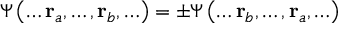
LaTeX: \Psi \left( \ldots \mathbf { r } _ { a } , \ldots , \mathbf { r } _ { b } , \ldots \right) = \pm \Psi \left( \ldots \mathbf { r } _ { b } , \ldots , \mathbf { r } _ { a } , \ldots \right)